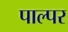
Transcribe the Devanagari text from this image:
पाल्पर